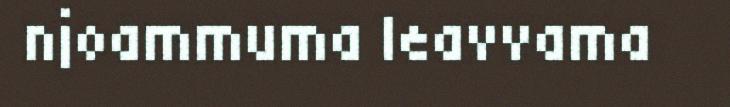
njoammuma leavvama